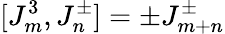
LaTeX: [J_{m}^{3},J_{n}^{\pm}]=\pm J_{m+n}^{\pm}